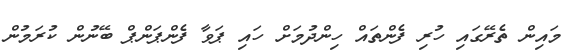
މައިން ތެރޭގައި ހުރި ފެންތައް ހިންދުމަށް ހައި ޕަވާ ފެންޕަންޕް ބޭނުން ކުރަމުން